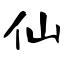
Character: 仙